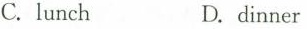
C.lunch D. dinner